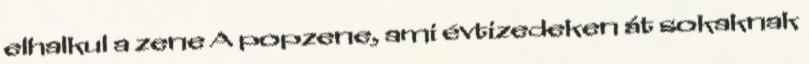
elhalkul a zene A popzene, ami évtizedeken át sokaknak